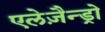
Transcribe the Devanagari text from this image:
एलेज़ैन्ड्रो